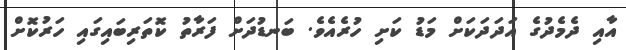
އާއި ދެމެދުގެ އަދަަދަކަށް މަޑު ކަށި ހުރެއެވެ. ބަނޑުދަށް ފަރާތު ކޮތަރިބައިގައި ހަރުކޮށް